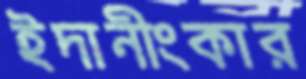
ইদানীংকার